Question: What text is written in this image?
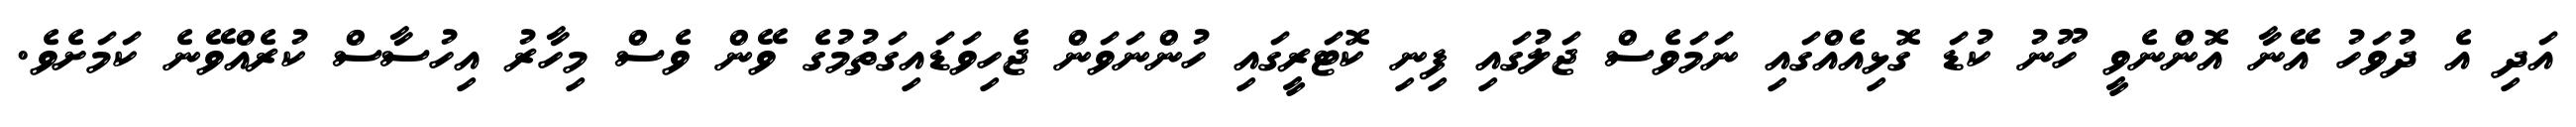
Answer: އަދި އެ ދުވަހު އޭނާ އޮންނެވީ ހޫނު ކުޑަ ގޮޅިއެއްގައި ނަމަވެސް ޖަލުގައި ފިނި ކޮޓަރީގައި ހުންނަވަން ޖެހިވަޑައިގަތުމުގެ ވޭން ވެސް މިހާރު އިހުސާސް ކުރެއްވޭނެ ކަމަށެވެ.